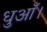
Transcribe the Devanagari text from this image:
धुआँ।